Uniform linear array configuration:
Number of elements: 8
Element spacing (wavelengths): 0.25
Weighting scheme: hann
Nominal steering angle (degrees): -60
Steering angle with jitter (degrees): -61.884
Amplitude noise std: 0.05
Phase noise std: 0.05

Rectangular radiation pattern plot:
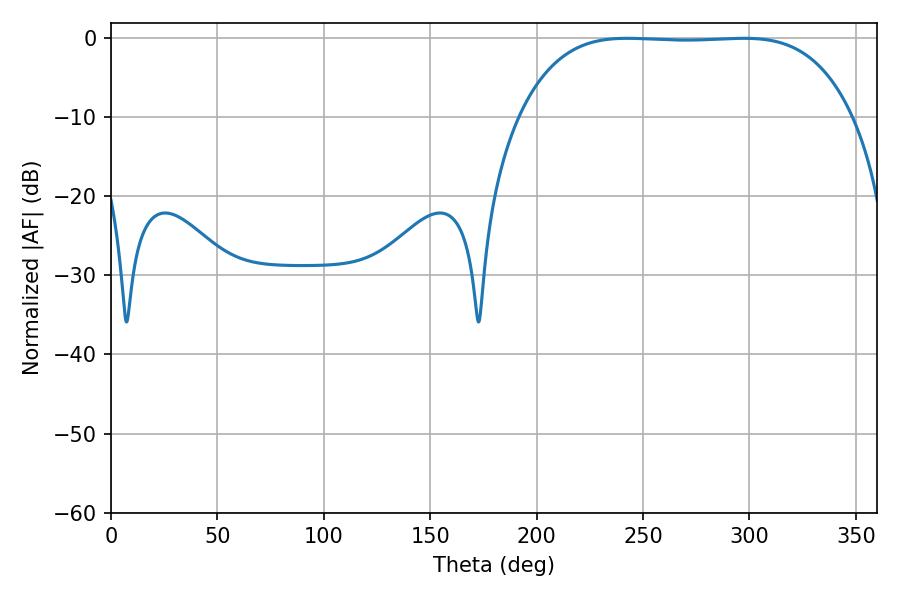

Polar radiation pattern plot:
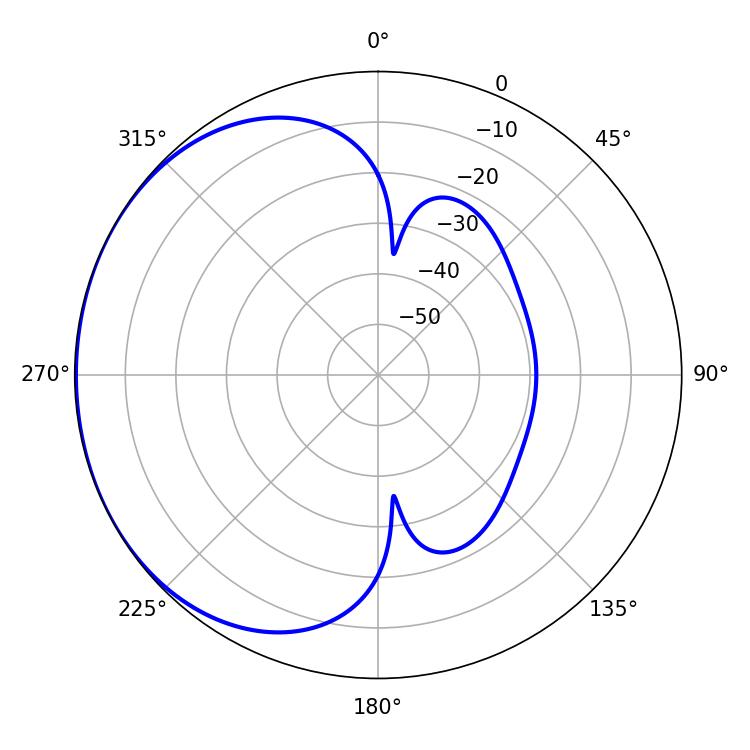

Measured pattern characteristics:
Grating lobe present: FALSE
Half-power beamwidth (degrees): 121.32
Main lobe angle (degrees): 242.64